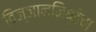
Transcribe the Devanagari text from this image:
विज्ञाननिष्ठेचा